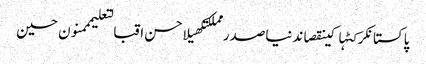
پاکستانکرکٹہاکینقصاندنیاصدر مملکتکھیلاحسن اقبالتعلیمممنون حسین